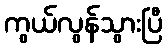
ကွယ်လွန်သွားပြီ